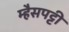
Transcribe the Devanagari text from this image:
म्हैसपट्टी